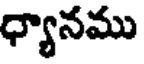
ధ్యానము